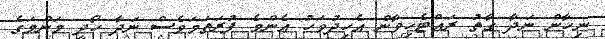
ނިހާން ނަދާ ގާތު ރައްޓެހިވާން އެހިދުވަހު އެންމެ ފުރަތަމަވެސް ނަދާ ހޯދީ މަންމަގެ